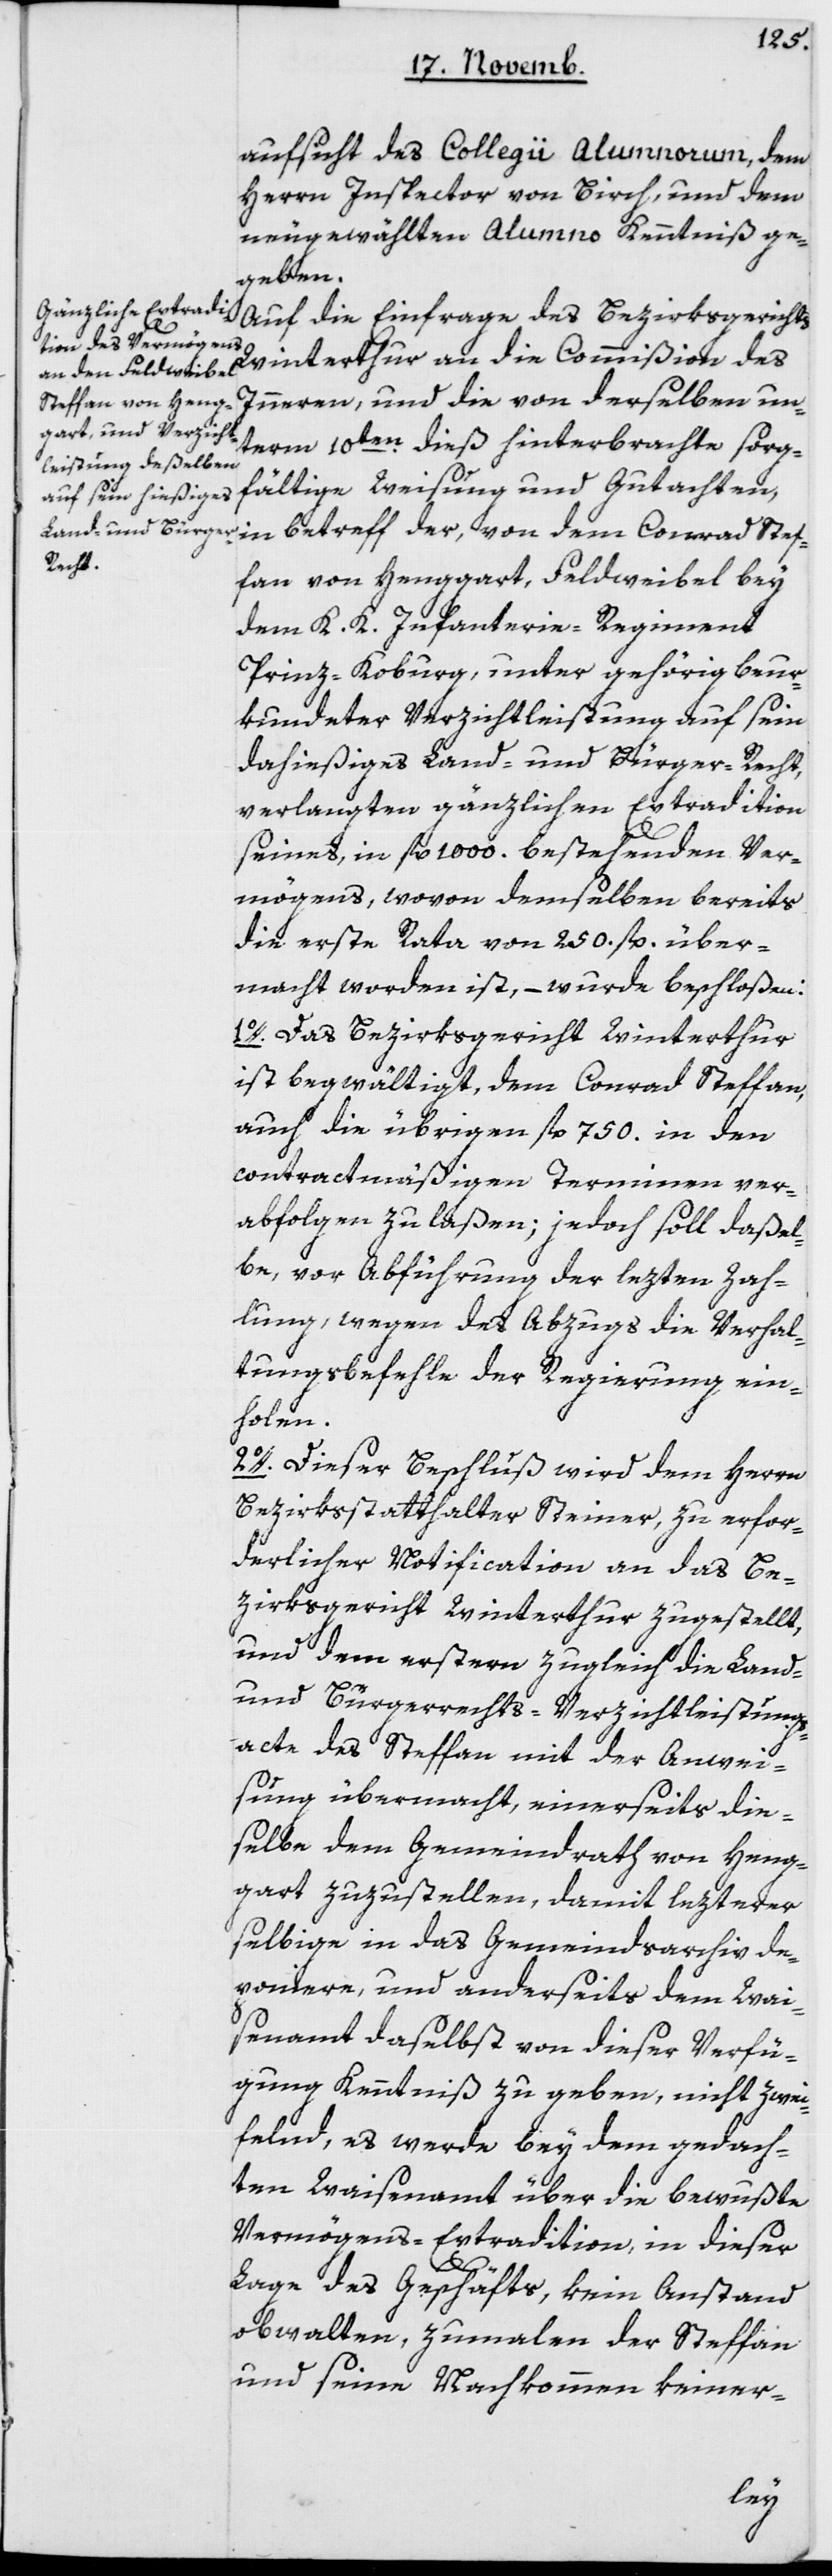
aufsicht des Collegii Alumnorum, dem
Herrn Inspector von Birch und dem
neu gewählten Alumno Kenntniß ge¬
geben.
Auf die Einfrage des Bezirksgerichts
Winterthur an die Commißion des
Innern und die von derselben un¬
term 10ten dieß hinterbrachte sorg¬
fältige Weisung und Gutachten,
ffan von Henggart, Feldweibel bey
dem K. K. Infanterie-Regiment
Prinz-Koburg, unter gehörig beur¬
kundeter Verzichtleistung auf sein
dahießiges Land- und Bürger-Recht,
verlangten gänzlichen Extradition
seines, in fl. 1000 bestehenden Ver¬
mögens, wovon demselben bereits
die erste Rata von 250 fl. über¬
macht worden ist, – wurde beschloßen:
1. Das Bezirksgericht Winterthur
ist begwältigt, dem Conrad Steffan,
auch die übrigen fl. 750 in den
contractmäßigen Terminen ver¬
abfolgen zu laßen; jedoch soll daßel¬
be, vor Abführung der lezten Zah¬
lung, wegen des Abzugs die Verhal¬
tungsbefehle der Regierung ein¬
holen.
2. Dieser Beschluß wird dem Herrn
Bezirksstatthalter Steiner, zu erfor¬
derlicher Notification an das Be¬
zirksgericht Winterthur zugestellt,
und dem erstern zugleich die Land-
und Bürgerrechts-Verzichtleistungs¬
acte des Steffan mit der Anwei¬
sung übermacht, einerseits die¬
selbe dem Gemeindrath von Heng¬
gart zuzustellen, damit lezterer
selbige in das Gemeindsarchiv de¬
poniere, und anderseits dem Wai¬
senamt daselbst von dieser Verfü¬
gung Kenntniß zu geben, nicht zwei¬
felnd, es werde bey dem gedach¬
ten Waisenamt über die bewußte
Vermögens-Extradition, in dieser
Conrad
Ste¬
Lage des Geschäfts, kein Anstand
obwalten, zumalen der Steffan
und seine Nachkommen keiner-
der,